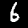
Label: 6